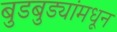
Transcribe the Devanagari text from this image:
बुडबुड्यांमधून